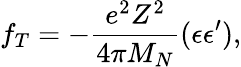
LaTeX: f_{T}=-\frac{e^{2}Z^{2}}{4\pi M_{N}}({\mathbf\epsilon}{\mathbf\epsilon}^{\prime}),